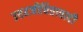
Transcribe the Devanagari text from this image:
उत्तरजीवितावादी